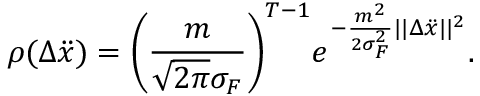
\rho ( \Delta \ddot { x } ) = \bigg ( \frac { m } { \sqrt { 2 \pi } \sigma _ { F } } \bigg ) ^ { T - 1 } e ^ { - \frac { m ^ { 2 } } { 2 \sigma _ { F } ^ { 2 } } | | \Delta \ddot { x } | | ^ { 2 } } .